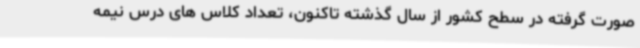
صورت گرفته در سطح کشور از سال گذشته تاکنون، تعداد کلاس های درس نیمه